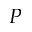
P